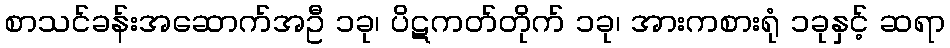
စာသင်ခန်းအဆောက်အဦ ၁ခု၊ ပိဋကတ်တိုက် ၁ခု၊ အားကစားရုံ ၁ခုနှင့် ဆရာ